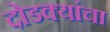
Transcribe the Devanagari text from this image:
दोडक्यांचा